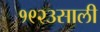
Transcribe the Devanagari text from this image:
१९२३साली